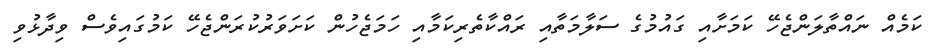
ކަމެއް ނައްތާލަންޖެހޭ ކަމަށާއި ގައުމުގެ ސަލާމަތާއި ރައްކާތެރިކަމާއި ހަމަޖެހުން ކަށަވަރުކުރަންޖެހޭ ކަމުގައިވެސް ވިދާޅުވި